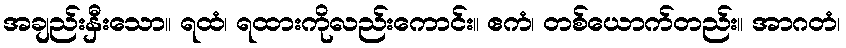
အချည်းနှီးသော။ ရထံ၊ ရထားကိုလည်းကောင်း။ ဧကံ၊ တစ်ယောက်တည်း။ အာဂတံ၊